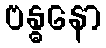
ဗန္ဓနော